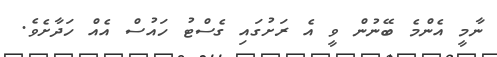
ނާމީ އެންމެ ބޭނުން ވީ އެ ރަށުގައި ގެސްޓު ހައުސް އެއް ހަދާށެވެ.